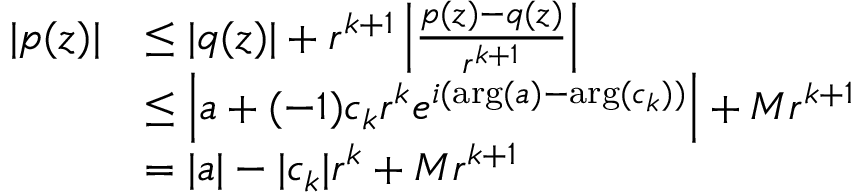
{ \begin{array} { r l } { | p ( z ) | } & { \leq | q ( z ) | + r ^ { k + 1 } \left| { \frac { p ( z ) - q ( z ) } { r ^ { k + 1 } } } \right| } \\ & { \leq \left| a + ( - 1 ) c _ { k } r ^ { k } e ^ { i ( \arg ( a ) - \arg ( c _ { k } ) ) } \right| + M r ^ { k + 1 } } \\ & { = | a | - | c _ { k } | r ^ { k } + M r ^ { k + 1 } } \end{array} }